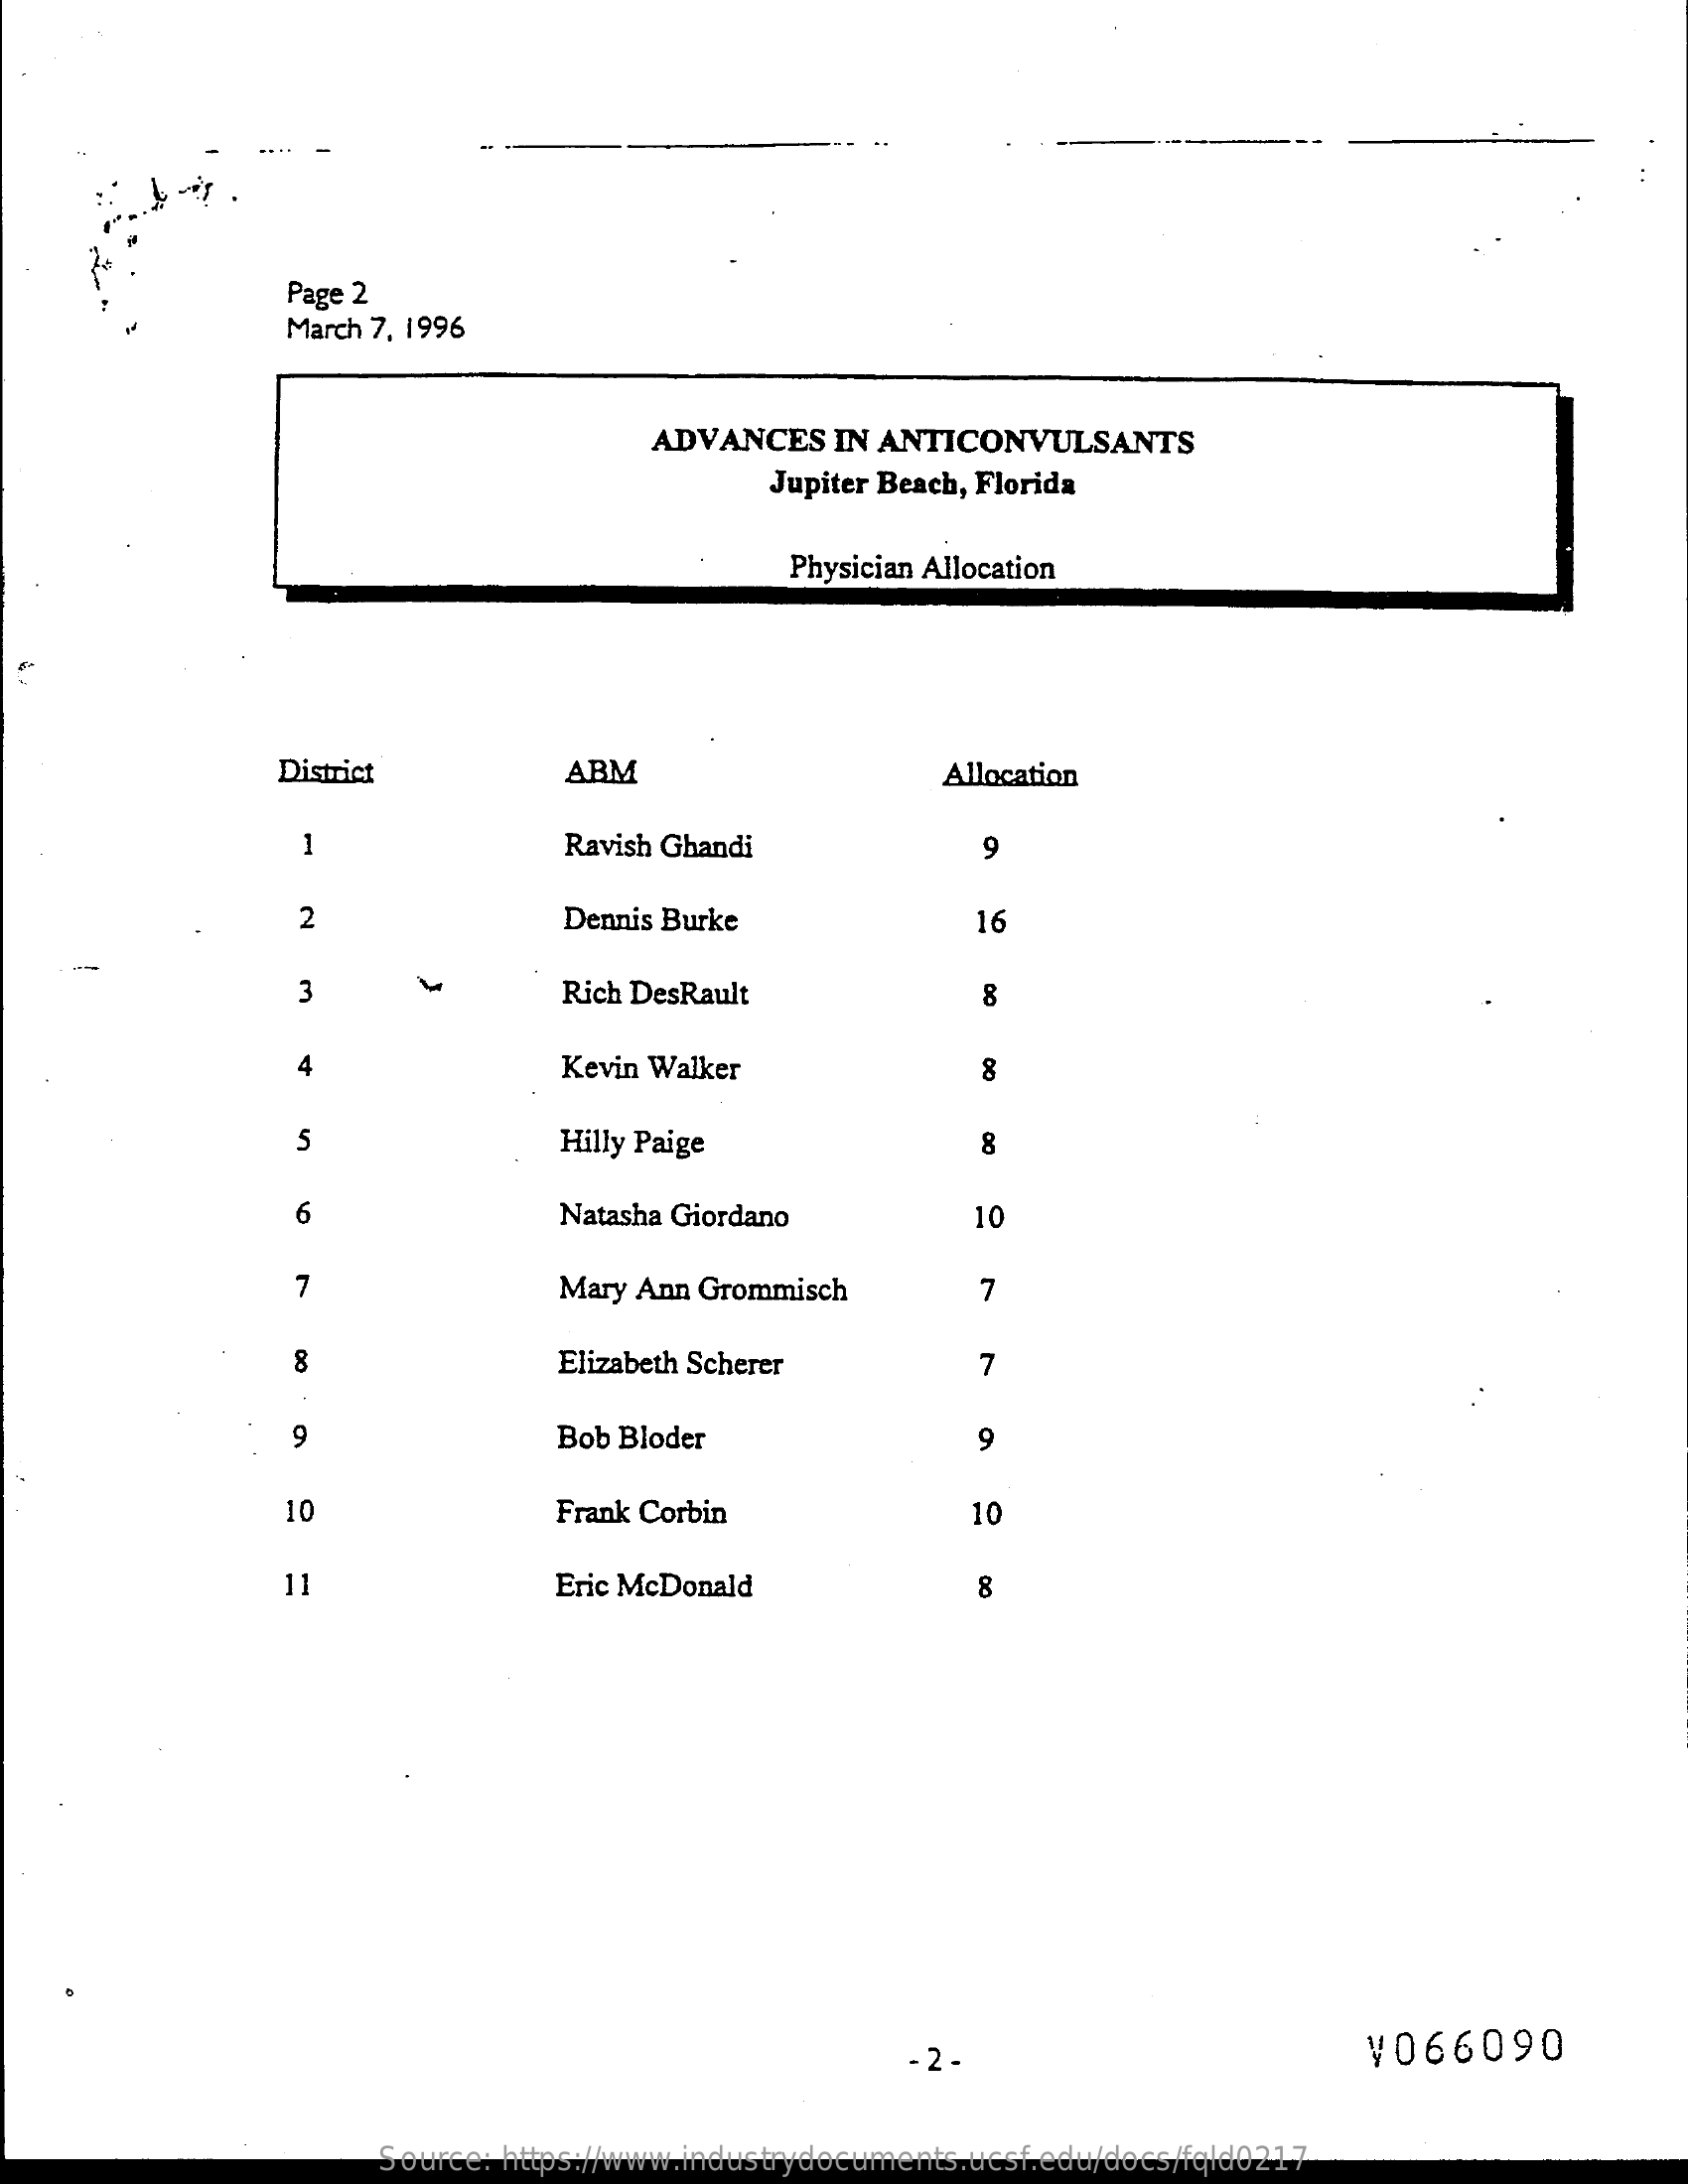
Page 2
     March 7, 1996
     ADVANCES   IN ANTICONVULSANTS
     Jupiter Beach, Florida
     Physician Allocation
     District    ABM    Allocation
     1    Ravish Ghandi    9
     2    Dennis Burke    16
     3    Rich DesRault    8
     4    Kevin Walker    8
     5    Hilly Paige    8
     6    Natasha Giordano    10
     7    Mary Ann Grommisch    7
     8    Elizabeth Scherer    7
     9    Bob Bloder    9
     10    Frank Corbin    10
     11    Eric McDonald    8
     ¥066090
     Source: https://www.industrydocuments.ucsf.edu/docs/fqld0217